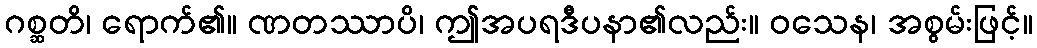
ဂစ္ဆတိ၊ ရောက်၏။ ဏတဿာပိ၊ ဤအပရဒီပနာ၏လည်း။ ဝသေန၊ အစွမ်းဖြင့်။